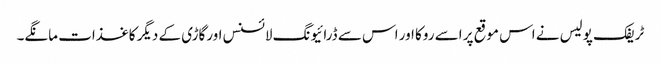
ٹریفک پولیس نے اس موقع پر اسے روکا اور اس سے ڈرائیونگ لائسنس اورگاڑی کے دیگر کاغذات مانگے۔